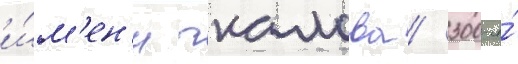
и́м'ен'и чкалова / 300-я́